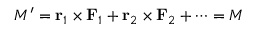
M ^ { \prime } = \mathbf { r } _ { 1 } \times \mathbf { F } _ { 1 } + \mathbf { r } _ { 2 } \times \mathbf { F } _ { 2 } + \cdots = M